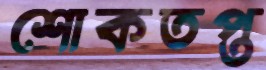
শোকতপ্ত